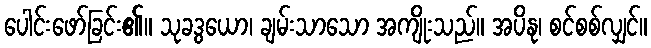
ပေါင်းဖော်ခြင်း၏။ သုခဒွယော၊ ချမ်းသာသော အကျိုးသည်။ အပိနု၊ စင်စစ်လျှင်။